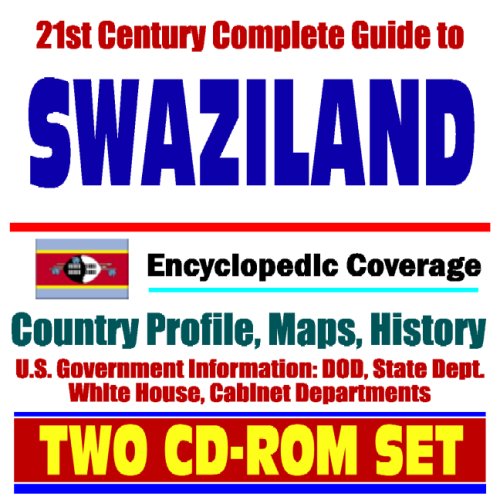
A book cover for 21st Century Complete Guide to Swaziland - Encyclopedic Coverage, Country Profile, History, DOD, State Dept., White House, CIA Factbook (Two CD-ROM Set); U.S. Government; Travel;